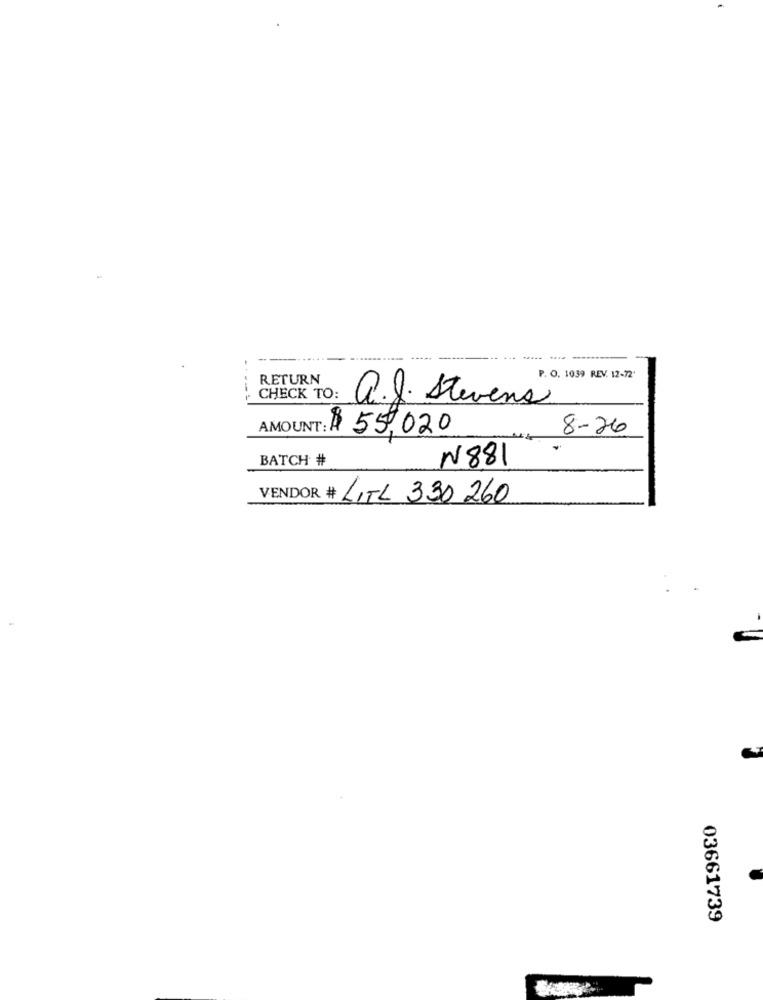
RETURN
P. O. 1039 REV. 12-72
CHECK TO:
a.J. Stevens
AMOUNT: $ 55,020
8-26
BATCH #
N881
VENDOR # LITL 330 260
03661739